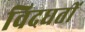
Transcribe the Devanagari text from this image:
विदधतीं